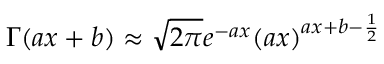
\Gamma ( a x + b ) \approx \sqrt { 2 \pi } e ^ { - a x } ( a x ) ^ { a x + b - \frac { 1 } { 2 } }